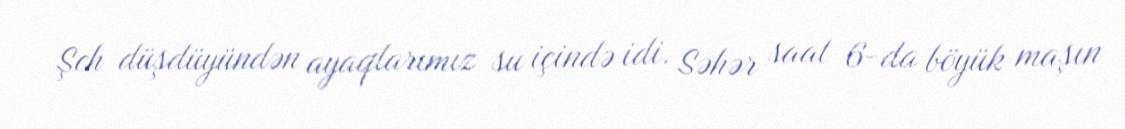
Şeh düşdüyündən ayaqlarımız su içində idi. Səhər saat 6-da böyük maşın